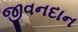
જીવનદાન